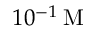
1 0 ^ { - 1 } \, \mathrm { M }